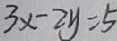
3 x - 2 y = 5